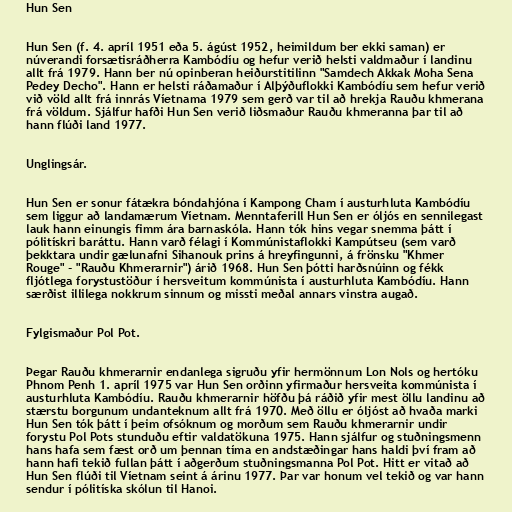
Hun Sen

Hun Sen (f. 4. apríl 1951 eða 5. ágúst 1952, heimildum ber ekki saman) er
núverandi forsætisráðherra Kambódíu og hefur verið helsti valdmaður í landinu
allt frá 1979. Hann ber nú opinberan heiðurstitilinn "Samdech Akkak Moha Sena
Pedey Decho". Hann er helsti ráðamaður í Alþýðuflokki Kambódíu sem hefur verið
við völd allt frá innrás Víetnama 1979 sem gerð var til að hrekja Rauðu khmerana
frá völdum. Sjálfur hafði Hun Sen verið liðsmaður Rauðu khmeranna þar til að
hann flúði land 1977.

Unglingsár.

Hun Sen er sonur fátækra bóndahjóna í Kampong Cham í austurhluta Kambódíu
sem liggur að landamærum Víetnam. Menntaferill Hun Sen er óljós en sennilegast
lauk hann einungis fimm ára barnaskóla. Hann tók hins vegar snemma þátt í
pólitískri baráttu. Hann varð félagi í Kommúnistaflokki Kampútseu (sem varð
þekktara undir gælunafni Sihanouk prins á hreyfingunni, á frönsku "Khmer
Rouge" - "Rauðu Khmerarnir") árið 1968. Hun Sen þótti harðsnúinn og fékk
fljótlega forystustöður í hersveitum kommúnista í austurhluta Kambódíu. Hann
særðist illilega nokkrum sinnum og missti meðal annars vinstra augað.

Fylgismaður Pol Pot.

Þegar Rauðu khmerarnir endanlega sigruðu yfir hermönnum Lon Nols og hertóku
Phnom Penh 1. apríl 1975 var Hun Sen orðinn yfirmaður hersveita kommúnista í
austurhluta Kambódíu. Rauðu khmerarnir höfðu þá ráðið yfir mest öllu landinu að
stærstu borgunum undanteknum allt frá 1970. Með öllu er óljóst að hvaða marki
Hun Sen tók þátt í þeim ofsóknum og morðum sem Rauðu khmerarnir undir
forystu Pol Pots stunduðu eftir valdatökuna 1975. Hann sjálfur og stuðningsmenn
hans hafa sem fæst orð um þennan tíma en andstæðingar hans haldi því fram að
hann hafi tekið fullan þátt í aðgerðum stuðningsmanna Pol Pot. Hitt er vitað að
Hun Sen flúði til Víetnam seint á árinu 1977. Þar var honum vel tekið og var hann
sendur í pólitíska skólun til Hanoi.